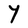
Character: Y